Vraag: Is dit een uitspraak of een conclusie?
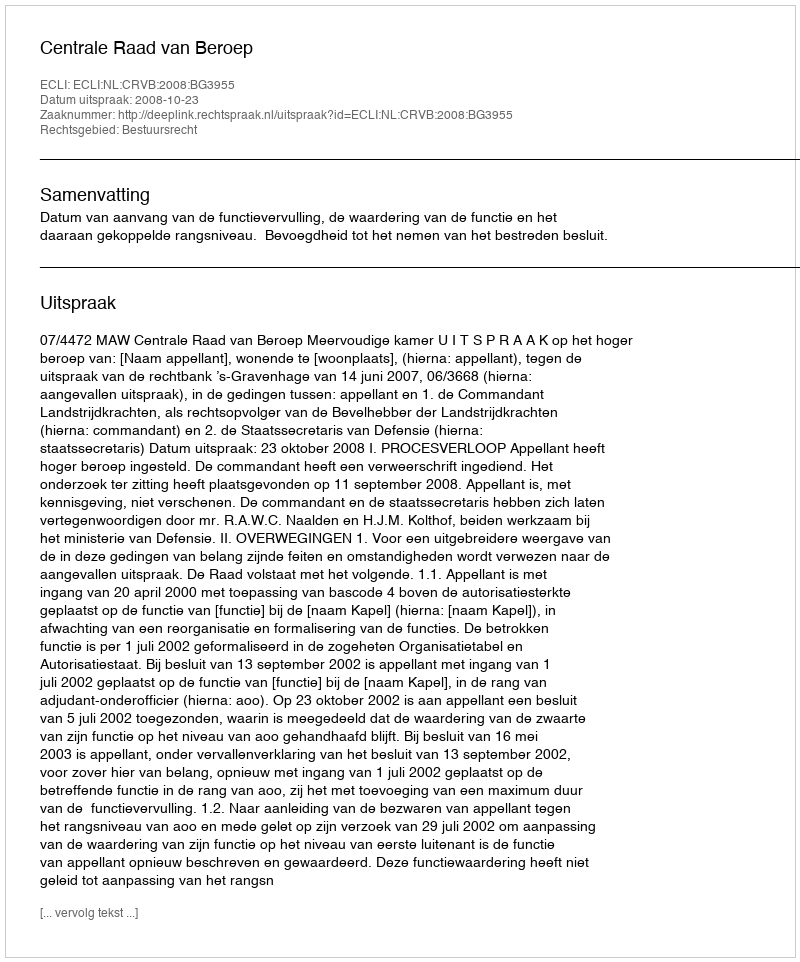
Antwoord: Uitspraak